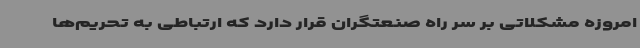
امروزه مشکلاتی بر سر راه صنعتگران قرار دارد که ارتباطی به تحریم‌ها